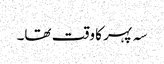
سہ پہر کا وقت تھا۔